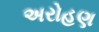
અરોહણ